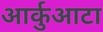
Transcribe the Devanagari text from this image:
आर्कुआटा